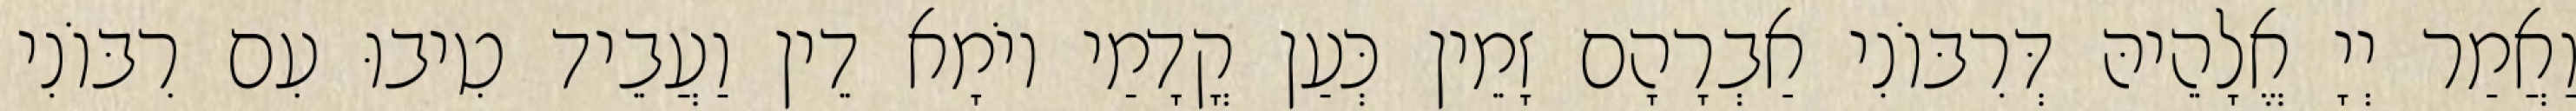
וַאֲמַר יְיָ אֱלָהֵיהּ דְּרִבּוֹנִי אַבְרָהָם זָמֵין כְּעַן קֳדָמַי יוֹמָא דֵין וַעֲבֵיד טִיבוּ עִם רִבּוֹנִי